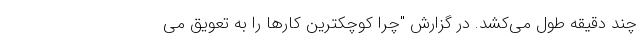
چند دقیقه طول می‌کشد. در گزارش "چرا کوچکترین کارها را به تعویق می